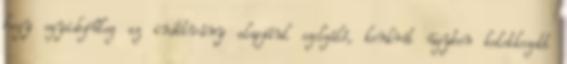
hogy egyidejűleg az indítvány alapjául szolgáló, konkrét ügyben keletkezett